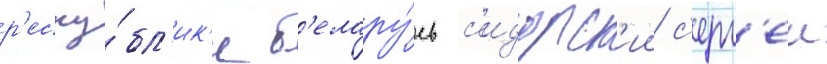
р'еспу́бл'ик'и б'елару́сь с'идорск'ии с'ерг'еи